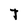
Character: T